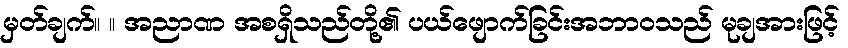
မှတ်ချက်။ ။ အညာဏ အစရှိသည်တို့၏ ပယ်ဖျောက်ခြင်းအဘာဝသည် မုချအားဖြင့်